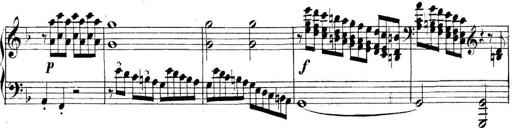
Title: Collected Piano Sonatas
Composer: Muzio Clementi